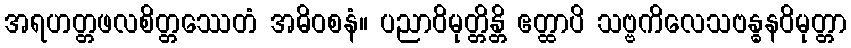
အရဟတ္တဖလစိတ္တဿေတံ အဓိဝစနံ။ ပညာဝိမုတ္တိန္တိ ဧတ္ထာပိ သဗ္ဗကိလေသဗန္ဓနဝိမုတ္တာ